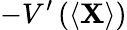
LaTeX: -V^{\prime}\left(\left\langle\mathbf{X}\right\rangle\right)